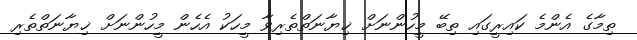
ތިމާގެ އެންމެ ކައިރީގައި ތިބޭ މީހުންނަށް ޚިޔާނަތްތެރިވާ މީހަކު އެހެން މީހުންނަށް ޚިޔާނަތްތެރި